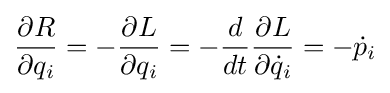
{\frac {\partial R}{\partial q_{i}}}=-{\frac {\partial L}{\partial q_{i}}}=-{\frac {d}{dt}}{\frac {\partial L}{\partial {\dot {q}}_{i}}}=-{\dot {p}}_{i}